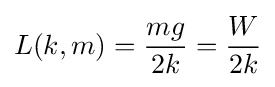
L(k,m)={\frac {mg}{2k}}={\frac {W}{2k}}